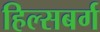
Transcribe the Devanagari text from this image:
हिल्सबर्ग